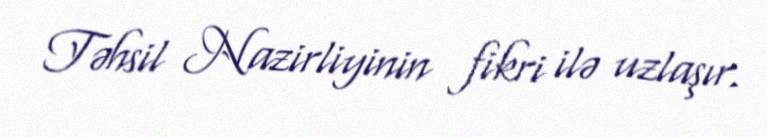
Təhsil Nazirliyinin fikri ilə uzlaşır.